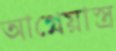
আগ্নেয়াস্ত্র